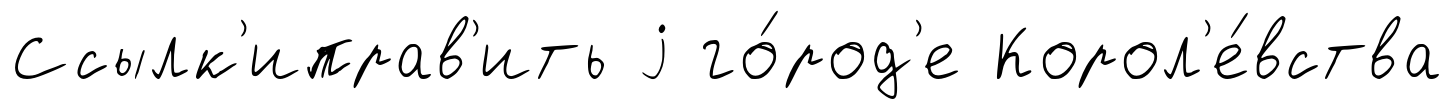
Ссылк'иправ'ить j го́род'е Корол'е́вства